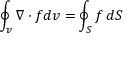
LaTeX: \oint _ { v } \nabla \cdot f d v = \oint _ { S } f \, d S